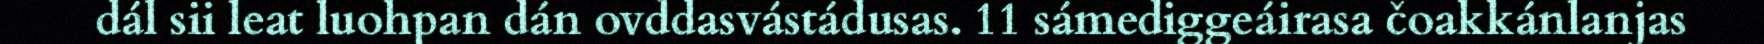
dál sii leat luohpan dán ovddasvástádusas. 11 sámediggeáirasa čoakkánlanjas